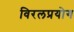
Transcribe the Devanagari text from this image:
विरलप्रयोग